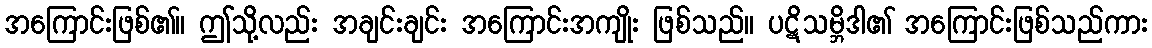
အကြောင်းဖြစ်၏။ ဤသို့လည်း အချင်းချင်း အကြောင်းအကျိုး ဖြစ်သည်။ ပဋိသမ္ဘိဒါ၏ အကြောင်းဖြစ်သည်ကား